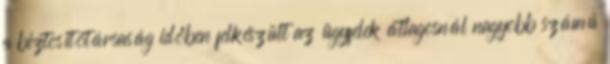
a biztosítótársaság időben felkészült az ügyfelek átlagosnál nagyobb számú